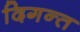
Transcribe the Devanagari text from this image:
दिगन्‍त